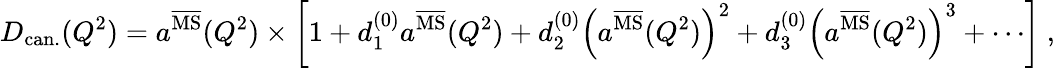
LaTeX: D_{\mathrm{can.}}(Q^{2})=a^{\overline{{\mathrm{MS}}}}(Q^{2})\times\left[1+d_{1}^{(0)}a^{\overline{{\mathrm{MS}}}}(Q^{2})+d_{2}^{(0)}\left(a^{\overline{{\mathrm{MS}}}}(Q^{2})\right)^{2}+d_{3}^{(0)}\left(a^{\overline{{\mathrm{MS}}}}(Q^{2})\right)^{3}+\cdots\right]\ ,